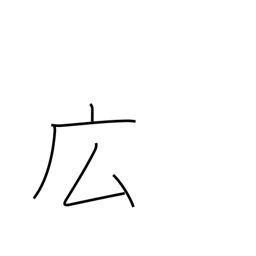
Meaning: spacious